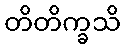
တိတိက္ခသိ